Riigikantselei, lk 7
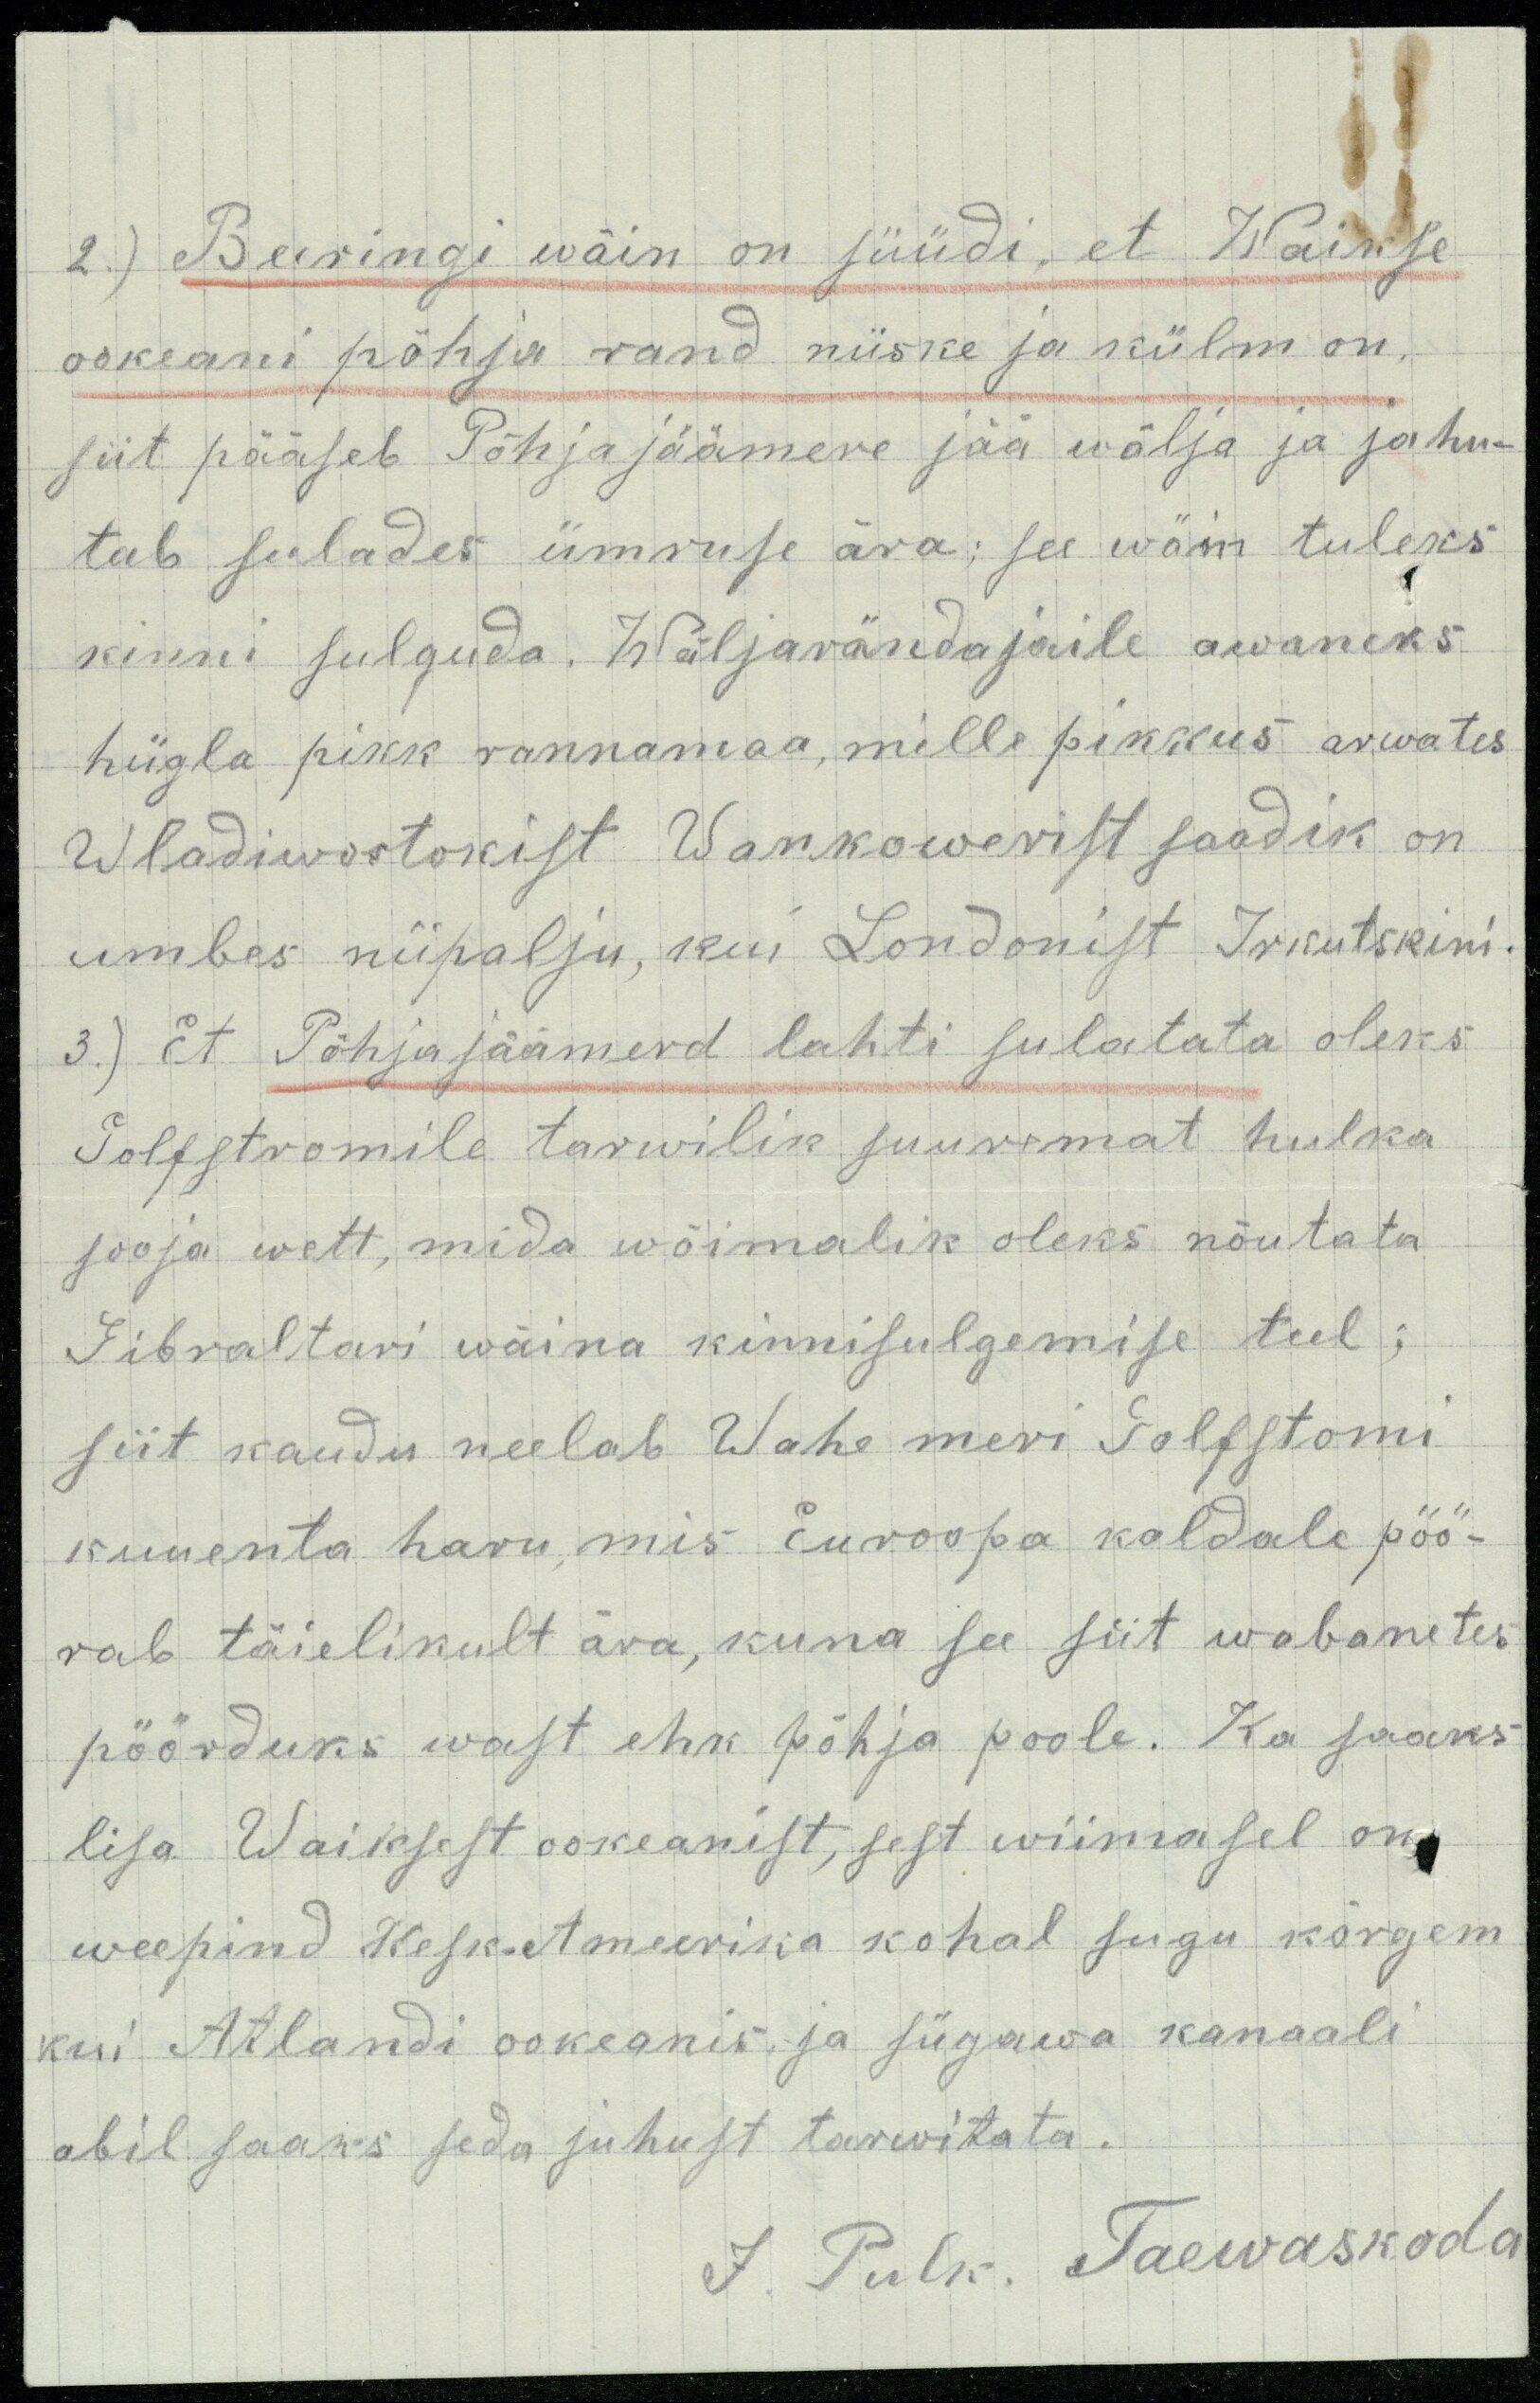
2.) Beeringi wäin on süüdi, et Waikse
ookeani põhja rand niiske ja külm on.
siit pääseb Põhja jäämere jää wälja ja jahu-
tab sulades ümruse ära; see wäin tuleks
kinni sulguda. Wäljarändajaile awaneks
hiigla pikk rannamaa, mille pikkus arwates
Vladiwostokist Wankowerist saadik on
umbes niipalju, kui Londonist Irkutskini
3.) Et Põhjajäämerd lahti sulatata oleks
Golfstromile tarwilik suuremat hulka
sooja wett, mida wõimalik oleks nõutata
Gibraltari wäina kinnisulgemise teel;
siit kaudu neelab Wahe meri Golfstomi
kuuenta haru, mis Euroopa kaldale pöö-
rab täielikult ära, kuna see siit wabanetes
pöörduks wast ehk põhja poole. Ka saaks
lisa Waiksest ookeanist, sest wiimasel on
weepind Kesk-Ameerika kohal sugu kõrgem
kui Atlandi ookeanis ja sügawa kanaali
abil saaks seda juhust tarwitata.
J. Pulk. Taewaskoda.